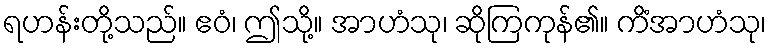
ရဟန်းတို့သည်။ ဧဝံ၊ ဤသို့။ အာဟံသု၊ ဆိုကြကုန်၏။ ကိံအာဟံသု၊